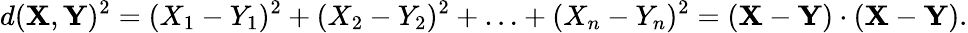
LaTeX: d(\mathbf{X},\mathbf{Y})^{2}=(X_{1}-Y_{1})^{2}+(X_{2}-Y_{2})^{2}+\ldots+(X_{n}-Y_{n})^{2}=(\mathbf{X}-\mathbf{Y})\cdot(\mathbf{X}-\mathbf{Y}).